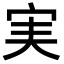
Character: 実